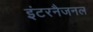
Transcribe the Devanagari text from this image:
इंटरनैजनल